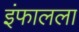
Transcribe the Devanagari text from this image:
इंफालला